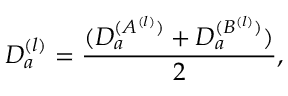
D _ { a } ^ { ( l ) } = { \frac { ( D _ { a } ^ { ( A ^ { ( l ) } ) } + D _ { a } ^ { ( B ^ { ( l ) } ) } ) } { 2 } } ,